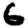
Digit: 6